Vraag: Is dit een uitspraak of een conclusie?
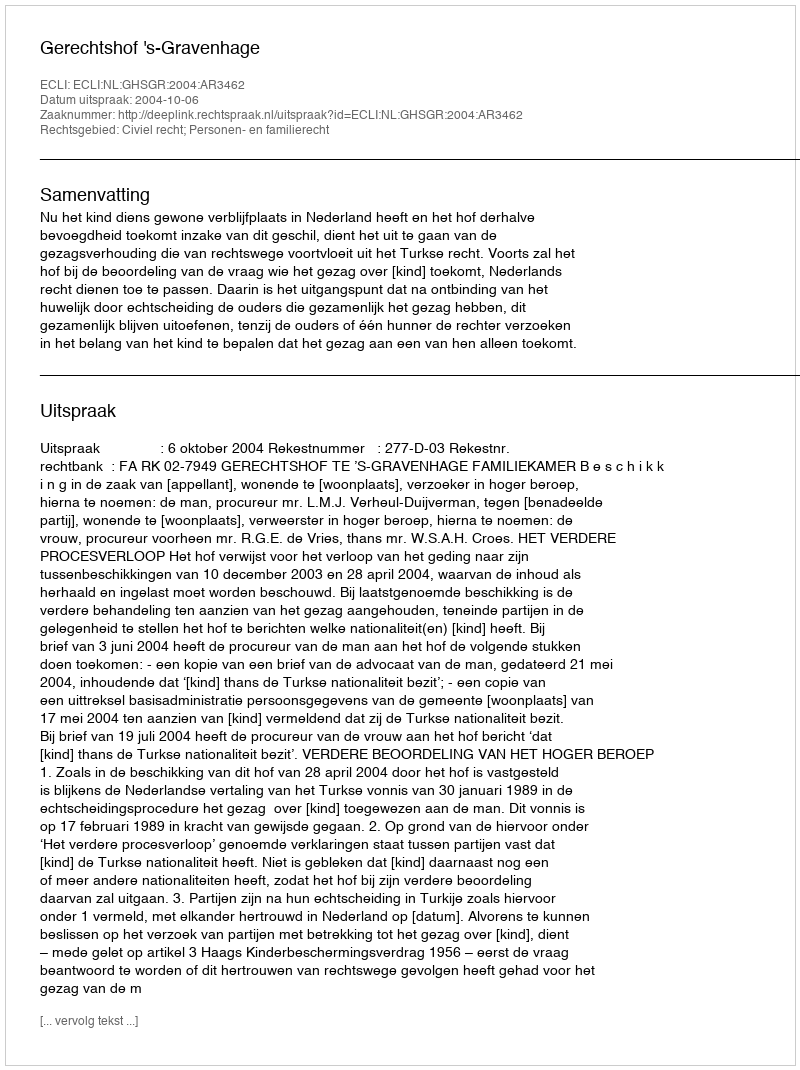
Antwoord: Uitspraak